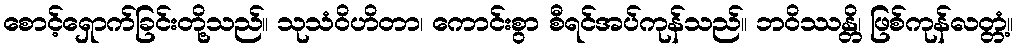
စောင့်ရှောက်ခြင်းတို့သည်။ သုသံဝိဟိတာ၊ ကောင်းစွာ စီရင်အပ်ကုန်သည်။ ဘဝိဿန္တိ၊ ဖြစ်ကုန်လတ္တံ့။